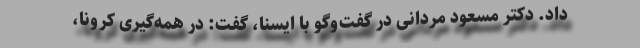
داد. دکتر مسعود مردانی در گفت‌وگو با ایسنا، گفت: در همه‌گیری کرونا،